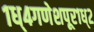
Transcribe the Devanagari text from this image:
१ध्४गणेशपूर१ध्२